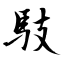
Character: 馶